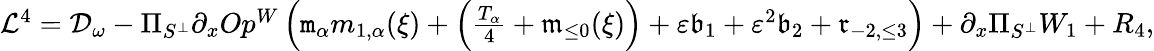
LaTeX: \begin{array}{r}{\mathcal{L}^{4}=\mathcal{D}_{\omega}-\Pi_{S^{\perp}}\partial_{x}Op^{W}\left(\mathtt{m}_{\alpha}m_{1,\alpha}(\xi)+\left(\frac{T_{\alpha}}{4}+\mathfrak{m}_{\le 0}(\xi)\right)+\varepsilon\mathfrak{b}_{1}+\varepsilon^{2}\mathfrak{b}_{2}+\mathfrak{r}_{-2,\le 3}\right)+\partial_{x}\Pi_{S^{\perp}}W_{1}+R_{4},}\end{array}